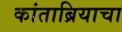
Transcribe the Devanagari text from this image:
कांताब्रियाचा